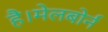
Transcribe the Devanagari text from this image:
है।मेलबोर्न